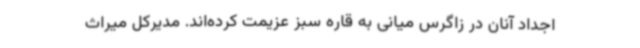
اجداد آنان در زاگرس میانی به قاره سبز عزیمت کرده‌اند. مدیرکل میراث